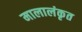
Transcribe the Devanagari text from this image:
मालालंकृत